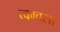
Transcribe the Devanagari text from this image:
त्वग्वसा